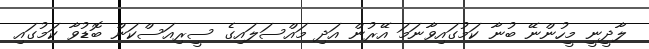
ލާދީނީ މީހުންނޭ ބުނާ ކަމުގައިވާނަމަ އޭރުން އަދި މައްސަލައިގެ ސީރިއަސްކަން ބޮޑުވާ ކަމުގައި